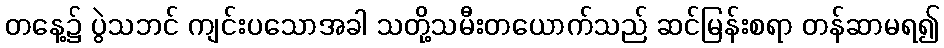
တနေ့၌ ပွဲသဘင် ကျင်းပသောအခါ သတို့သမီးတယောက်သည် ဆင်မြန်းစရာ တန်ဆာမရ၍